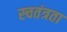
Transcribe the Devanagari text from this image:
स्चतंत्रता